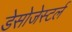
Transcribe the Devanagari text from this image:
डेसोजेस्टर्ल